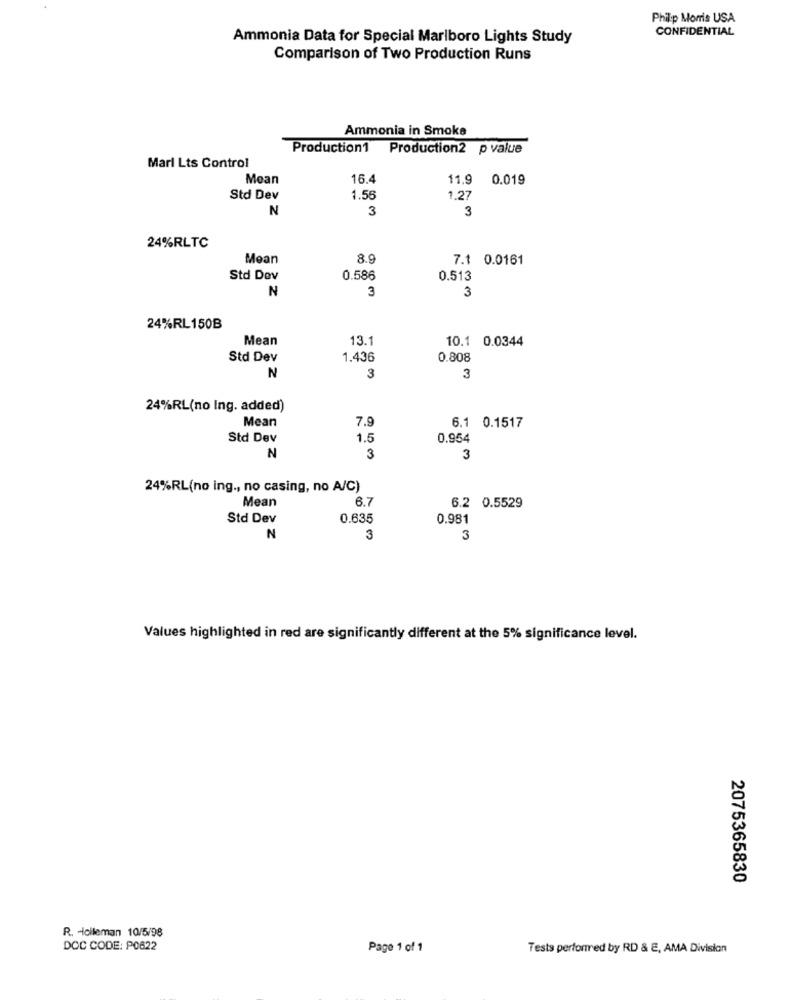
Philip Morris USA
CONFIDENTIAL
Ammonia Data for Special Marlboro Lights Study
Comparison of Two Production Runs
Ammonia in Smoke
Production1 Production2 p value
Marl Lts Control
Mean
16.4
11.9
0.019
Std Dev
1.56
1.27
N
3
3
24%RLTC
Mean
8.9
7.1 0.0161
Std Dev
0.586
0.513
N
3
3
24%RL150B
Mean
13.1
10.1 0.0344
Std Dev
1.436
0.808
3
N
3
24%RL(no Ing. added)
Mean
7.9
6.1 0.1517
Std Dev
1.5
0.954
N
3
3
24%RL(no ing ., no casing, no A/C)
Mean
6.7
6.2 0.5529
Std Dev
0.635
0.981
N
3
3
Values highlighted in red are significantly different at the 5% significance level.
2075365830
R. - İcileman 10/5/98
DOC CODE: P0622
Page 1 of 1
Tests performed by RD & E, AMA Division